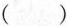
()